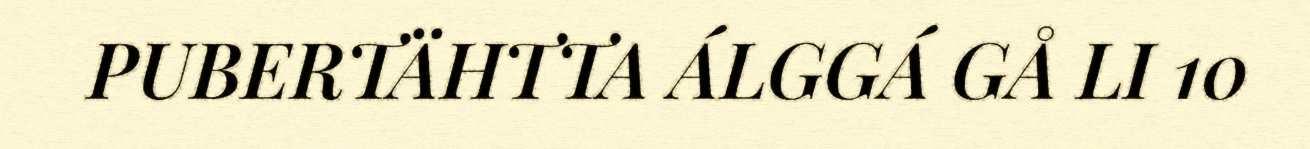
PUBERTÄHTTA ÁLGGÁ GÅ LI 10